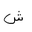
Letter: _shin